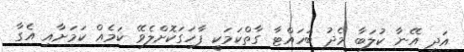
އަދި އޭނާ ކުލަބާ މެދު ބަހައްޓާ ގާތްކަމަކީ ފާހަގަކޮށްލެވޭ ކަމެއް ކަމަށާއި އެގާ